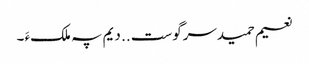
نعیم حمیدسرگوست .. دیم پہ ملکءَ ۔